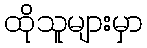
ထိုသူများမှာ